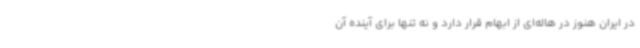
در ایران هنوز در هاله‌ای از ابهام قرار دارد و نه تنها برای آینده آن